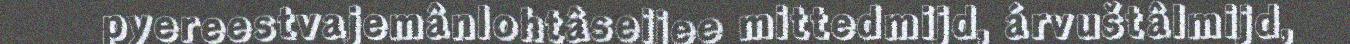
pyereestvajemânlohtâseijee mittedmijd, árvuštâlmijd,